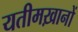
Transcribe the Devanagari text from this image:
यतीमख़ानों